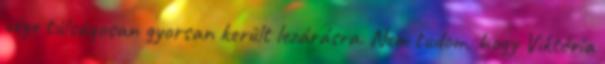
vége túlságosan gyorsan került lezárásra. Nem tudom, hogy Viktória